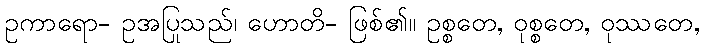
ဥကာရော- ဥအပြုသည်၊ ဟောတိ- ဖြစ်၏။ ဥစ္စတေ, ဝုစ္စတေ, ဝုဿတေ,